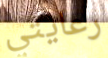
رعايتي